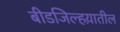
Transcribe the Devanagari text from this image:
बीडजिल्हय़ातील